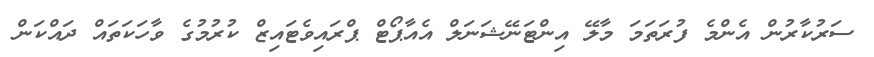
ސަރުކާރުން އެންމެ ފުރަތަމަ މާލޭ އިންޓަނޭޝަނަލް އެއާޕޯޓް ޕްރައިވެޓައިޒް ކުރުމުގެ ވާހަކަތައް ދައްކަން